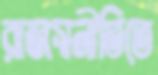
রাজস্বনীতিতে